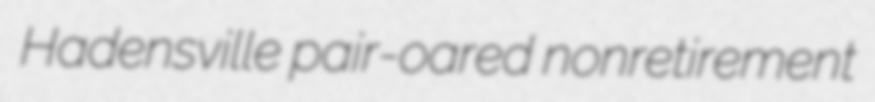
Hadensville pair-oared nonretirement